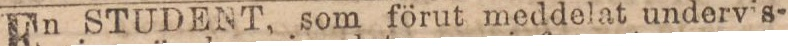
En STUDENT, som förut meddelat undervis-